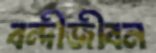
বন্দীজীবন